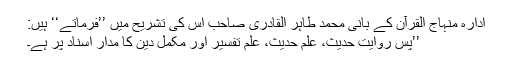
ادارہ منہاج القرآن کے بانی محمد طاہر القادری صاحب اس کی تشریح میں ’’فرماتے‘‘ ہیں:
’’پس روایت حدیث، علم حدیث، علم تفسیر اور مکمل دین کا مدار اسناد پر ہے۔